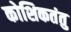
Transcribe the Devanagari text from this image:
कोशिकतंतु